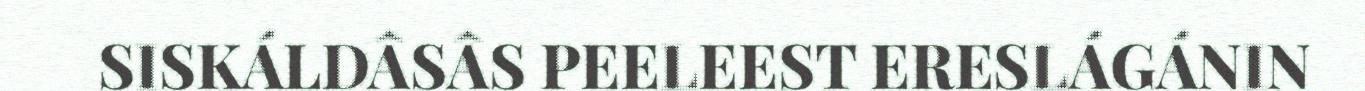
SISKÁLDÂSÂS PEELEEST ERESLÁGÁNIN